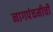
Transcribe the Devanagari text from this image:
नागपंचमीची